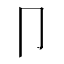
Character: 卩